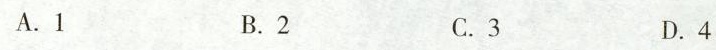
A. 1 B. 2 C. 3 D. 4